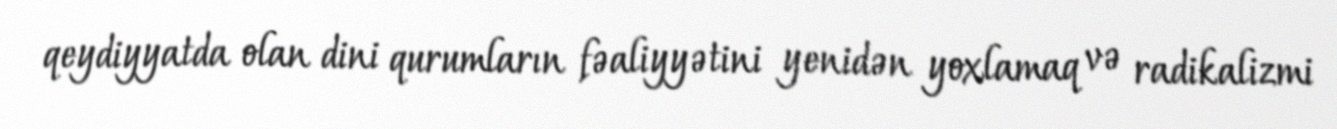
qeydiyyatda olan dini qurumların fəaliyyətini yenidən yoxlamaq və radikalizmi